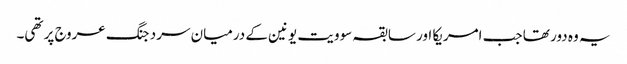
یہ وہ دور تھا جب امریکا اور سابقہ سوویت یونین کے درمیان سرد جنگ عروج پر تھی۔